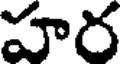
హర